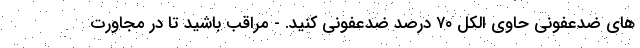
های ضدعفونی حاوی الکل ۷۰ درصد ضدعفونی کنید. - مراقب باشید تا در مجاورت